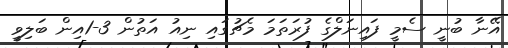
އޭނާ ބުނީ ސެމީ ފައިނަލްގެ ފުރަތަމަ މެޗުގައި ނިއު އަތުން 3-1އިން ބަލިވީ